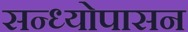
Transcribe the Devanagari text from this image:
सन्ध्याेपासन